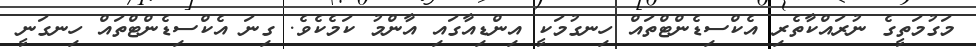
މަގުމަތީގެ ނުރައްކާތެރި އެކްސިޑެންޓްތައް ހިނގުމަކީ އިންޑިއާގައި އާންމު ކަމެކެވެ. ގިނަ އެކްސިޑެންޓްތައް ހިނގަނީ